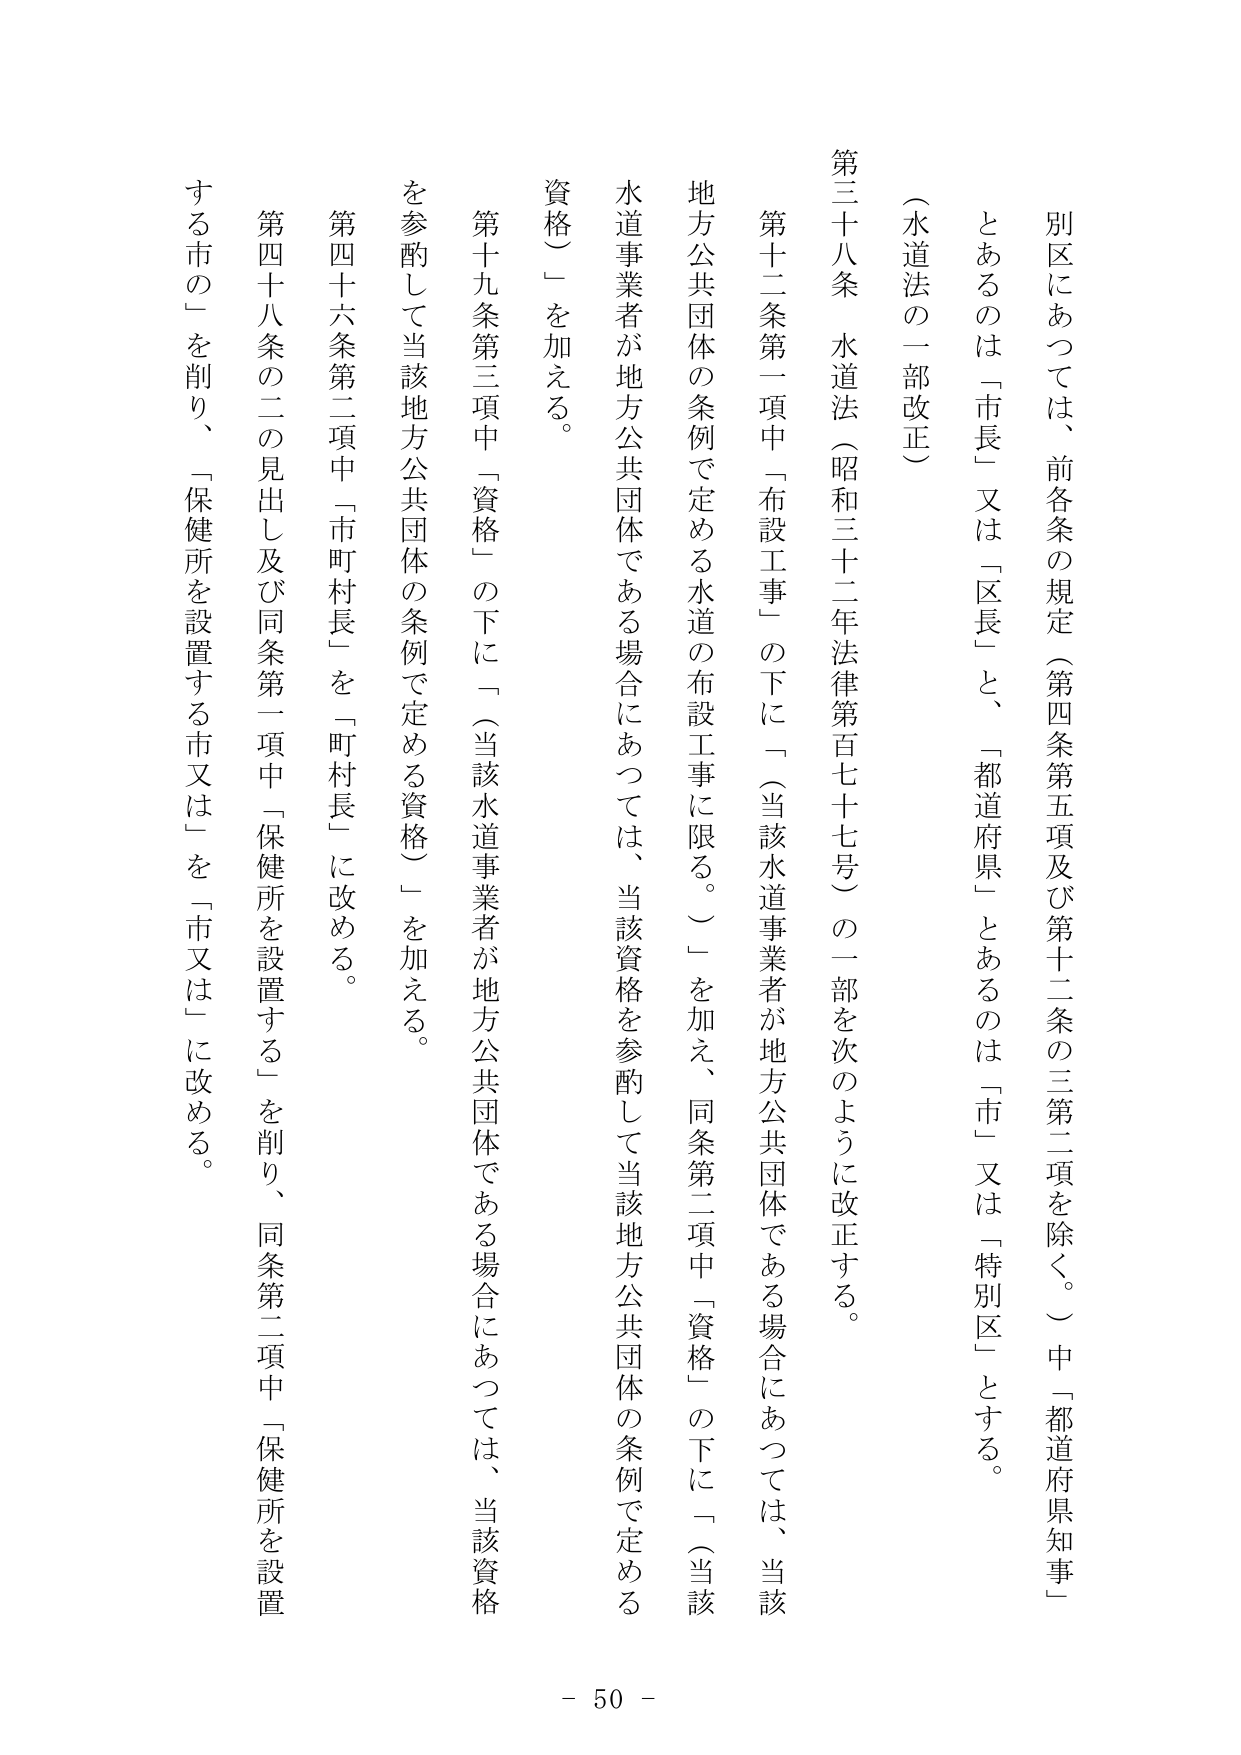
別区にあつては、前各条の規定（第四条第五項及び第十二条の三第二項を除く。）中「都道府県知事」
とあるのは「市長」又は「区長」と、「都道府県」とあるのは「市」又は「特別区」とする。
（水道法の一部改正）
第三十八条　水道法（昭和三十二年法律第百七十七号）の一部を次のように改正する。
第十二条第一項中「布設工事」の下に「（当該水道事業者が地方公共団体である場合にあつては、当該
地方公共団体の条例で定める水道の布設工事に限る。）」を加え、同条第二項中「資格」の下に「（当該
水道事業者が地方公共団体である場合にあつては、当該資格を参酌して当該地方公共団体の条例で定める
資格）」を加える。
第十九条第三項中「資格」の下に「（当該水道事業者が地方公共団体である場合にあつては、当該資格
を参酌して当該地方公共団体の条例で定める資格）」を加える。
第四十六条第二項中「市町村長」を「町村長」に改める。
第四十八条の二の見出し及び同条第一項中「保健所を設置する」を削り、同条第二項中「保健所を設置
する市の」を削り、「保健所を設置する市又は」を「市又は」に改める。
- 50 -